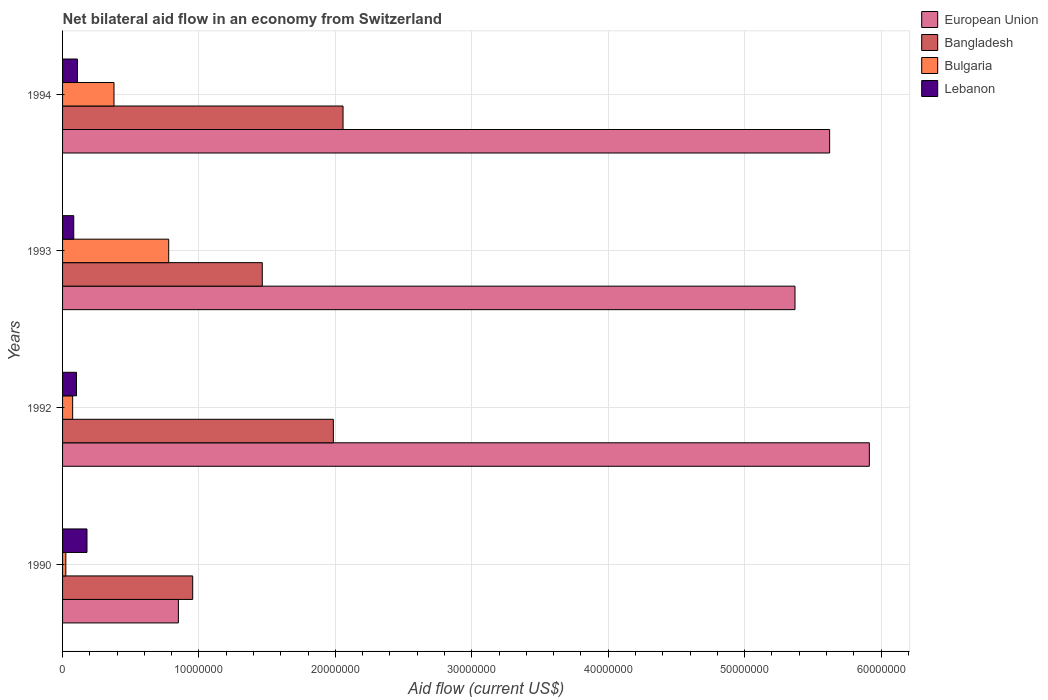
| Years | European Union | Bangladesh | Bulgaria | Lebanon |
 | --- | --- | --- | --- | --- |
 | 1990 | 8.49e+06 | 9.54e+06 | 2.4e+05 | 1.79e+06 |
 | 1992 | 5.91e+07 | 1.98e+07 | 7.4e+05 | 1.02e+06 |
 | 1993 | 5.37e+07 | 1.46e+07 | 7.78e+06 | 8.2e+05 |
 | 1994 | 5.62e+07 | 2.06e+07 | 3.77e+06 | 1.09e+06 |